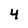
Character: 4